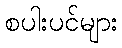
စပါးပင်များ